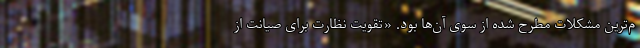
م‌ترین مشکلات مطرح شده از سوی آن‌ها بود. «تقویت نظارت برای صیانت از